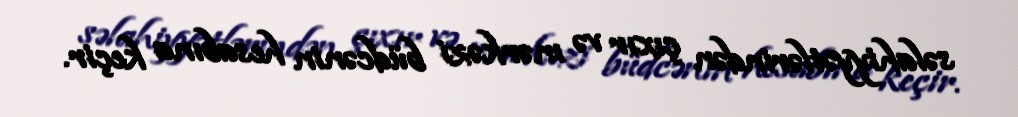
səlahiyyətlərindən çıxır və mərkəzi büdcənin hesabına keçir.